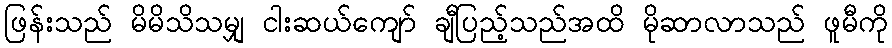
ဖြန်းသည် မိမိသိသမျှ ငါးဆယ်ကျော် ချီပြည့်သည်အထိ မိုဆာလာသည် ဖူမီကို